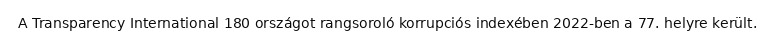
A Transparency International 180 országot rangsoroló korrupciós indexében 2022-ben a 77. helyre került.